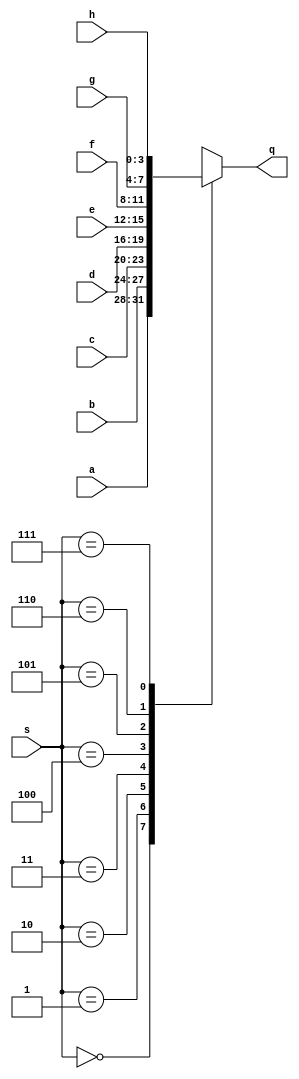

module input_selector (
  input [3:0] a,
              b,
              c,
              d,
              e,
              f,
              g,
              h,
  input [2:0] s,
  output reg [3:0] q
);

  always @ (*) begin
    casez(s)
      3'b000: q = a;
      3'b001: q = b;
      3'b010: q = c;
      3'b011: q = d;

      3'b100: q = e;
      3'b101: q = f;
      3'b110: q = g;
      3'b111: q = h;

      default: q = 4'h0;
    endcase;
  end
endmodule